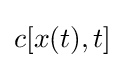
c[x(t),t]